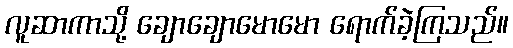
လူဆာကာသို့ ချောချောမောမော ရောက်ခဲ့ကြသည်။